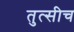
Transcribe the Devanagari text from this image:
तुत्‍सीच